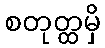
စတုတ္ထမှိ